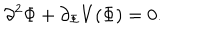
\partial ^ { 2 } \Phi + \partial _ { \Phi } V ( \Phi ) = 0 .